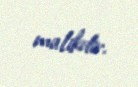
malikdir.